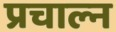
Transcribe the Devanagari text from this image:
प्रचाल्न